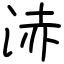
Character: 浾